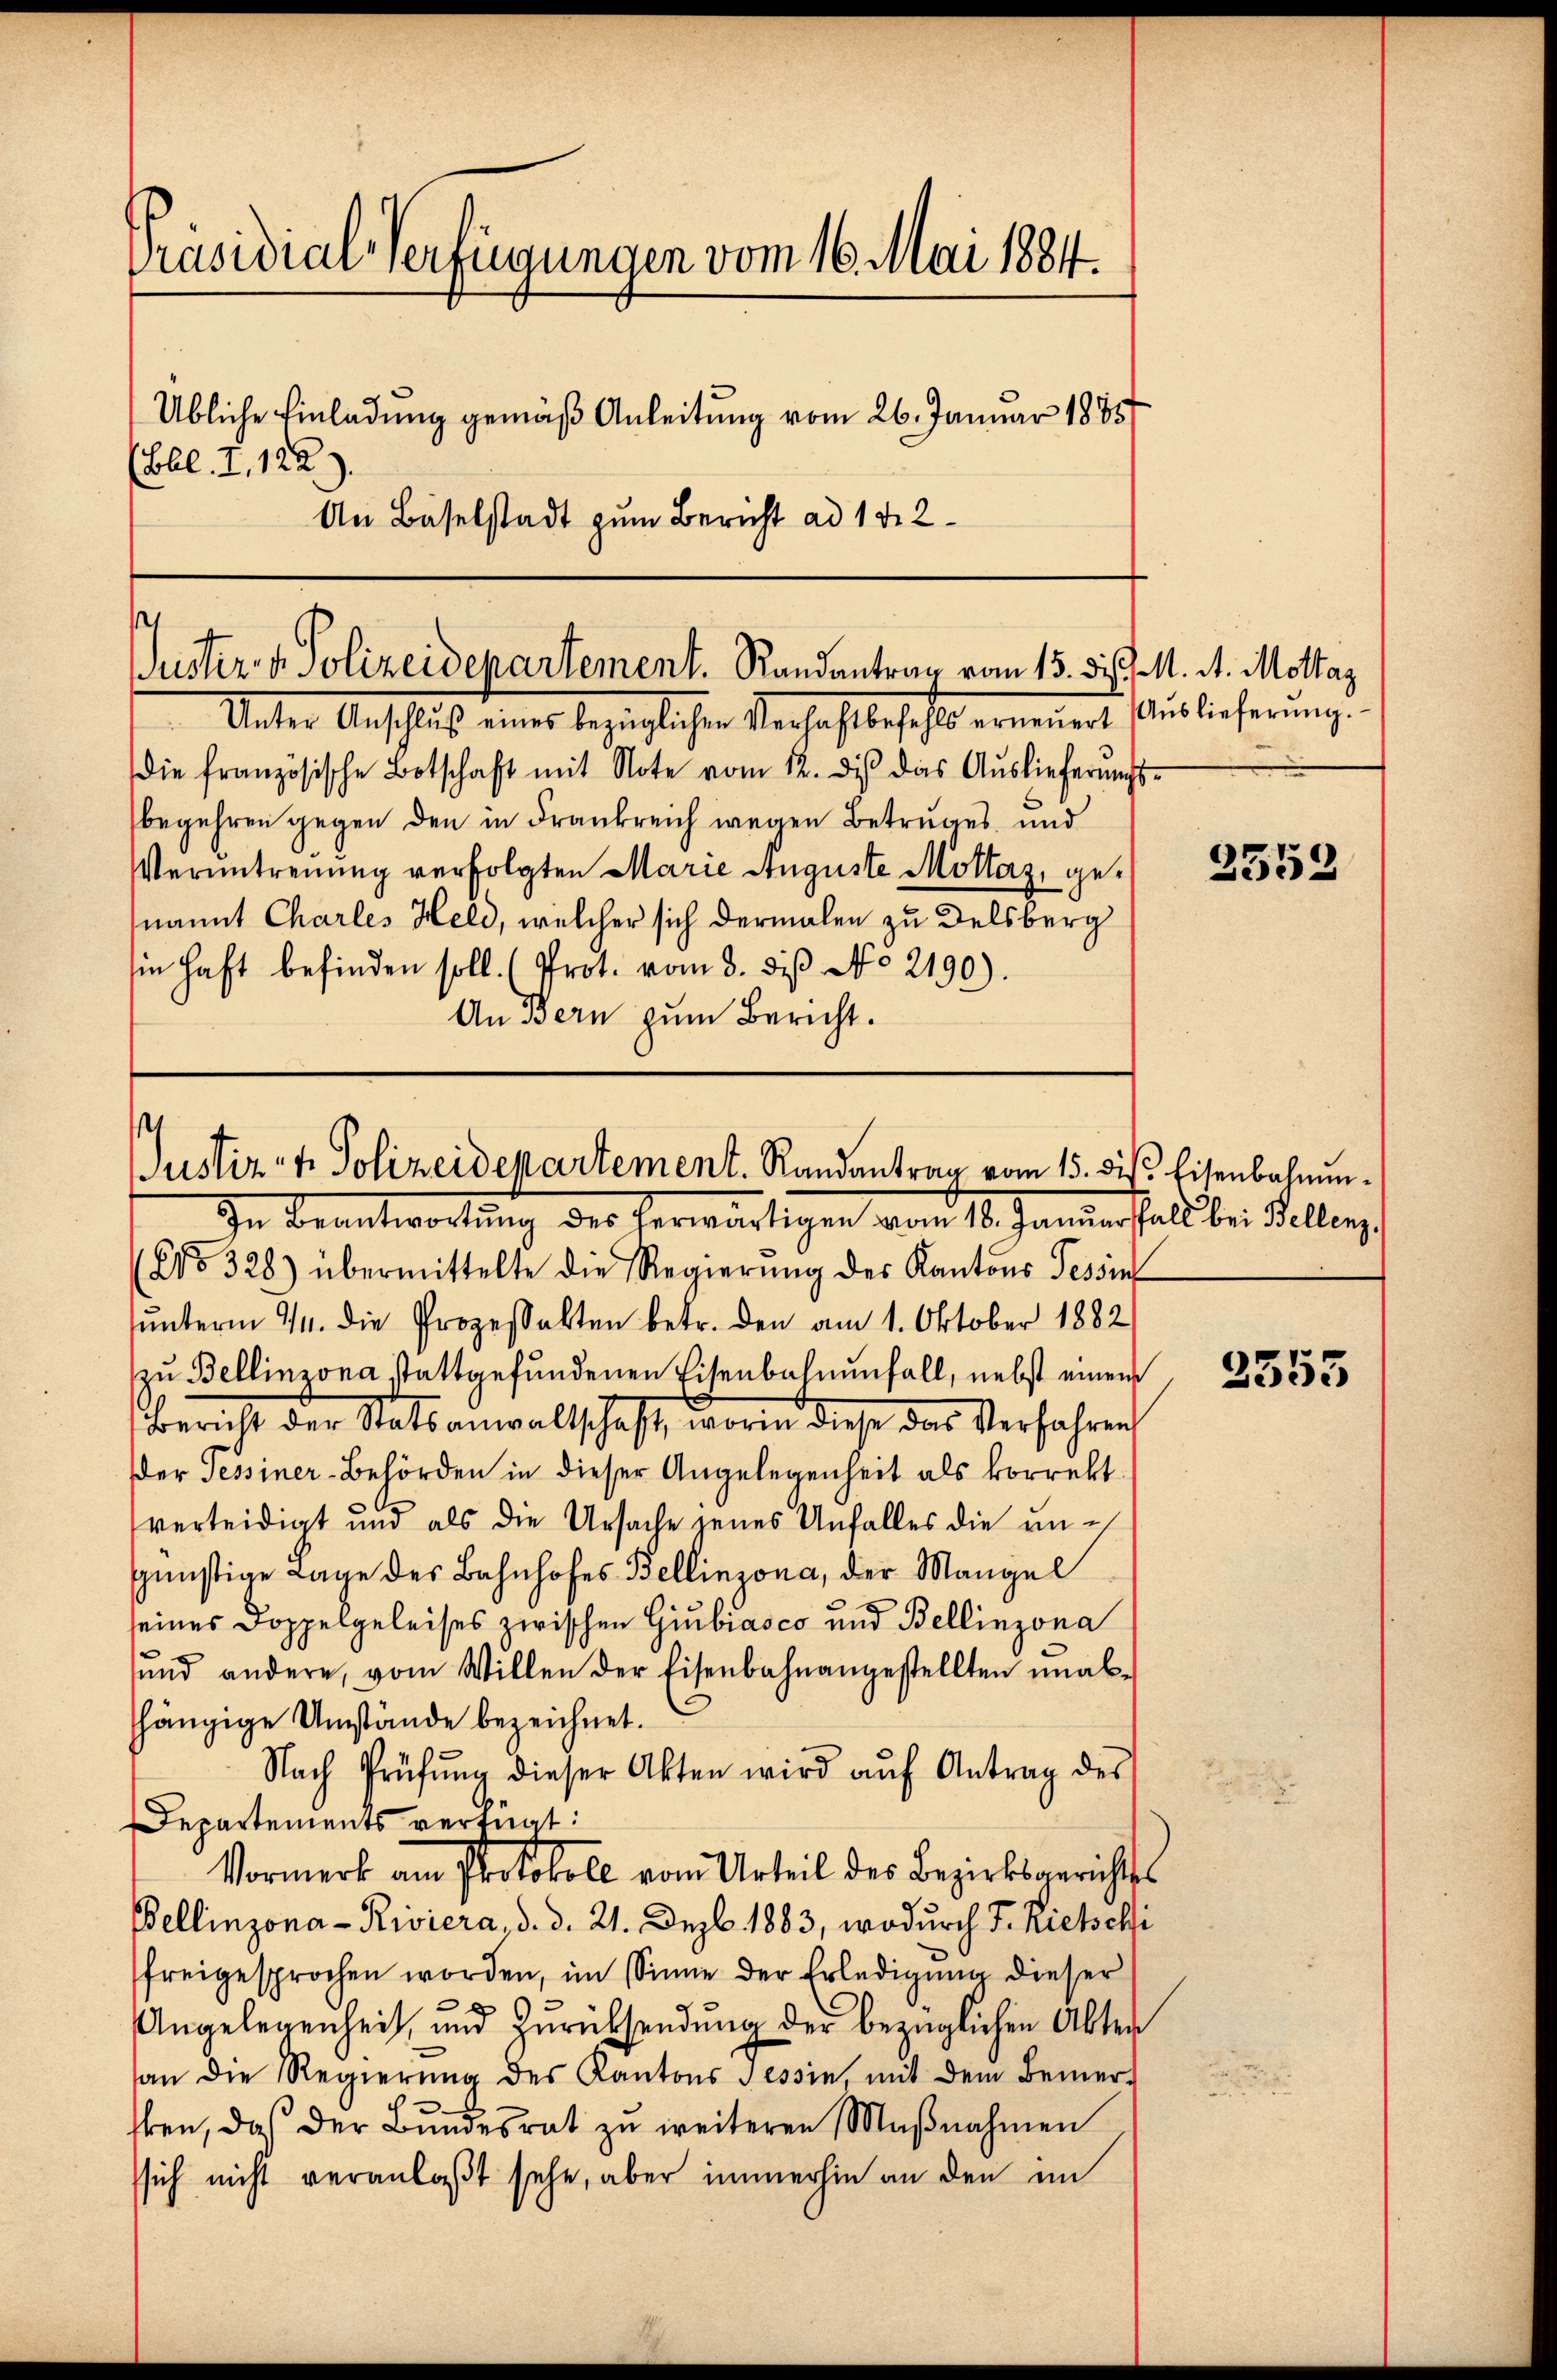
Präsidial-Verfügungen vom 16. Mai 1884.
Übliche Einladung gemäß Anleitung vom 26. Januar 1885
(Bll. I, 122
An Baselstadt zum Bericht ad 1. d. 2

Justiz- & Polizeidepartement. Randantrag vom 15. d. M. d. Mottag

Justiz- & Polizeidepartement. Randantrag vom 15. dis. Eisenbahnun¬
In Beantwortung der herwärtigen vom 18. Januartals bei Bellenz,

Unter Anschluß einer bezüglichen Verhaft befehlt erneuert Auslieferung.
die französische Botschaft mit Note vom 12. dis das Auslieferungsbegehren gegen den in Frankreich wegen Betruges und
Veruntreuung verfolgten Marie Auguste Mottaz, genannt Charles Held, welcher sich dermalen zu Delsberg
sie haft befinden soll. (Prot. vom 3. diβ No 2190).
An Bern zum Bericht.

No 328) übermittelte die Regierŭng des Kantons Tessin
ŭnterm 14. die Prozessalten betr. den am 1. Oktober 1882
zu Bellinzona stattgefundenen Eisenbahnenfall, nebst einem
Bericht der Statsanwaltschaft, worin diese das Verfahren
der Tessiner-Behörden in dieser Angelegenheit als korrekt
verteidigt und als die Ursache jenes Unfalles die ungünstige Lage des Bahnhofes Bellinzona, der Mangel
seines Doppelgeleises zwischen Giubiasco und Bellinzona
ŭnd andere, vom Willen der Eisenbahnangestellten ŭnab-
hängige Umstände bezeichnet.
Nach Prüfŭng dieser Akten wird aŭf Antrag des
Departements verfügt:
Vormerk am Protokoll vom Urteil des Bezirksgerichtss
Bellinzona - Riviera, d. d. 21. Dezb. 1883, wodurch F. Richschi
freigesprochen worden, im Sinne der Erledigung dieser
Angelegenheit und Zurücksendung der bezüglichen Alter
an die Regierŭng des Kantons Tessin, mit dem Bemer-
ben, daß der Bŭndesrat zŭ weiteren Maβnahmen
ssich nicht veranlaßt sehe, aber immerhin an den in

2552

2553